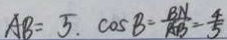
A B = 5 . \cos B = \frac { B N } { A B } = \frac { 4 } { 5 }